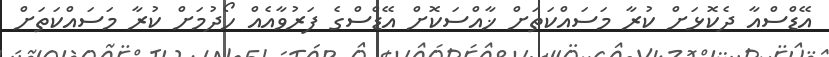
އޭޑްސްއާ ދެކޮޅަށް ކުރާ މަސައްކަތަށް ޚާއްސަކޮށް އޭޑްސްގެ ފަރުވާއެއް ހޯދުމަށް ކުރާ މަސައްކަތަށް